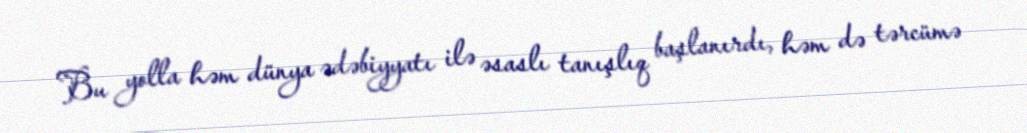
Bu yolla həm dünya ədəbiyyatı ilə əsaslı tanışlıq başlanırdı, həm də tərcümə